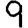
Digit: 9